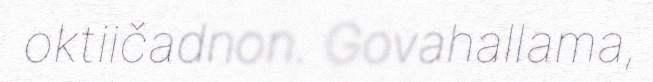
oktiičadnon. Govahallama,